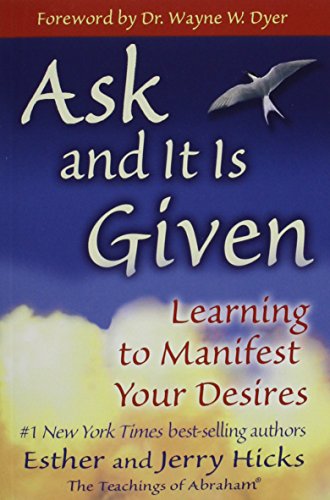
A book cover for Ask and It Is Given: Learning to Manifest Your Desires; Esther Hicks; Self-Help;